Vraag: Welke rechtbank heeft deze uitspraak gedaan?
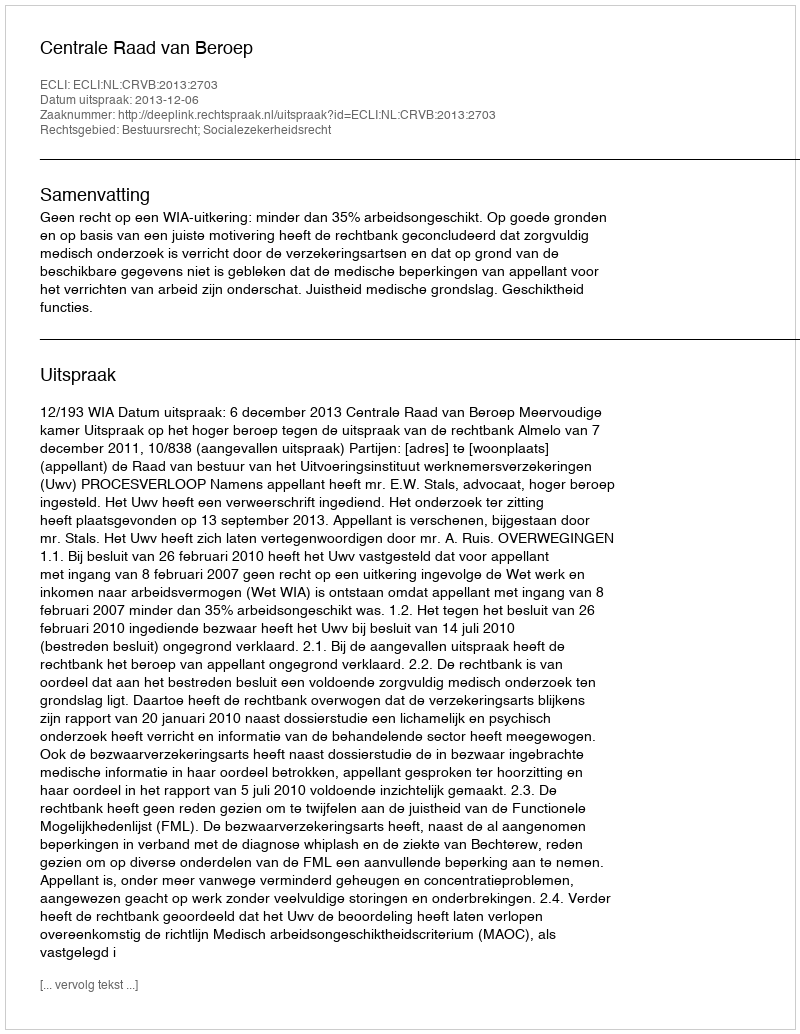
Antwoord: Centrale Raad van Beroep